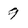
Character: 9